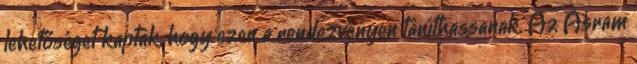
lehetőséget kaptak, hogy ezen a rendezvényen taníthassanak. Az Asram